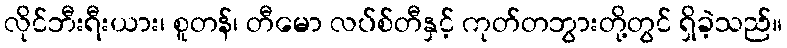
လိုင်ဘီးရီးယား၊ စူတန်၊ တီမော လပ်စ်တီနှင့် ကုတ်တဘွားတို့တွင် ရှိခဲ့သည်။